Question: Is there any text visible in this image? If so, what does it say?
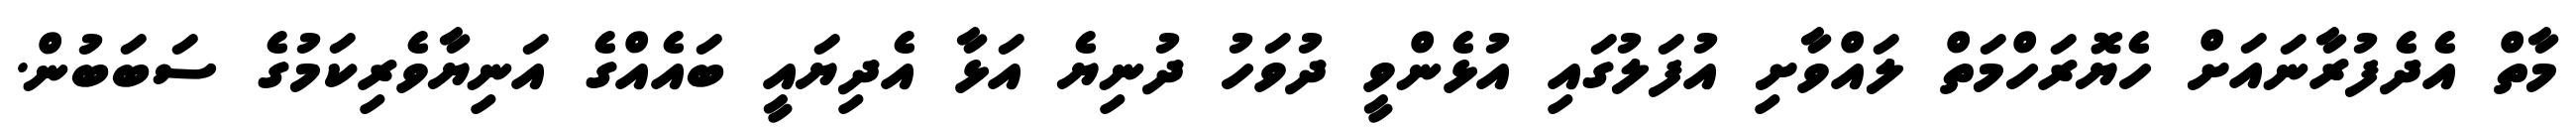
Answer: މާތް އެދެފުރާނައަށް ހެޔޮރަހްމަތް ލައްވާށި އުފަލުގައި އުޅެންވީ ދުވަހު ދުނިޔެ އަޅާ އެދިޔައީ ބައެއްގެ އަނިޔާވެރިކަމުގެ ސަބަބުން.